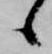
れ